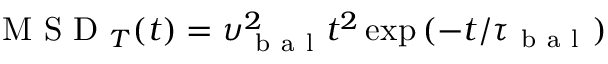
\mathrm { ~ M ~ S ~ D ~ } _ { T } ( t ) = \upsilon _ { \mathrm { ~ b ~ a ~ l ~ } } ^ { 2 } t ^ { 2 } \exp { ( - t / \tau _ { \mathrm { ~ b ~ a ~ l ~ } } ) }